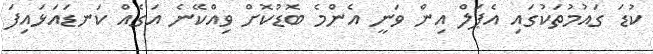
ކުޑަ ގައުމުތަކުގައި އެޕަލް އިން ވަނީ އެންމެ ބޮޑުކޮށް ވިއްކޭނެ އަގެއް ކަނޑައަޅައިފަ